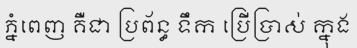
ភ្នំពេញ គឺជា ប្រព័ន្ធ ទឹក ប្រើប្រាស់ ក្នុង